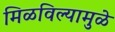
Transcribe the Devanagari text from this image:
मिळविल्यामुळे